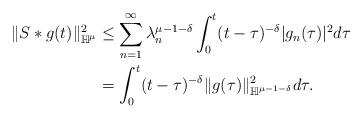
LaTeX: \begin{align*}\|S*g(t)\|^2_{\mathbb H^\mu}&\le \sum_{n=1}^\infty \lambda_n^{\mu-1-\delta}\int_0^t (t-\tau)^{-\delta}|g_n(\tau)|^2 d\tau\\& = \int_0^t (t-\tau)^{-\delta}\|g(\tau)\|^2_{\mathbb H^{\mu-1-\delta}}d\tau.\end{align*}